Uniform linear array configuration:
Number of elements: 8
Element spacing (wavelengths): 0.75
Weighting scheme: hann
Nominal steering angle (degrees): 60
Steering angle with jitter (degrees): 59.851
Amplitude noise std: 0.05
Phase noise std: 0.05

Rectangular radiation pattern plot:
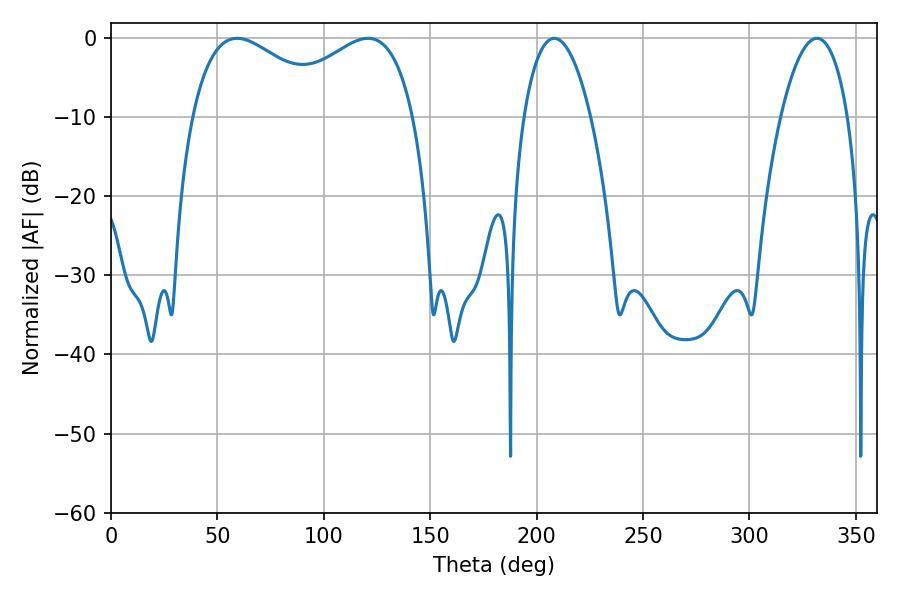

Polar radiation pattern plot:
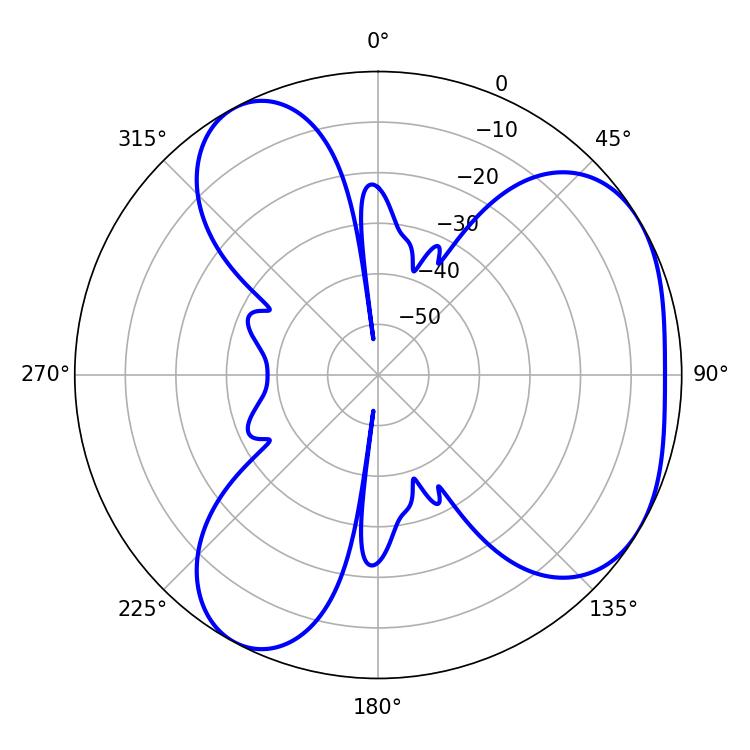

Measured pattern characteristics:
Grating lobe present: TRUE
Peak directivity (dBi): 4.285
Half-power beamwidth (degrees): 37.08
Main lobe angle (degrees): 59.22